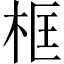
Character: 框